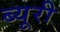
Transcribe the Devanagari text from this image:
ब्यूरी